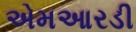
એમઆરડી